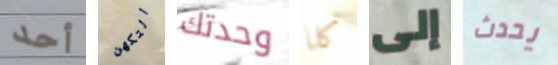
أحد التكهن وحدتك كلا إلى يحدث